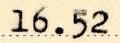
16.52